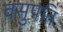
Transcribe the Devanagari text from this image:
वसुपति